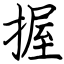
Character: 握